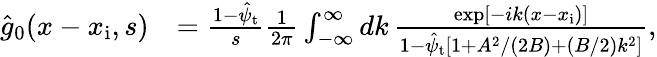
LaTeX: \begin{array}{rl}{\hat{g}_{0}(x-x_{\mathrm{i}},s)}&{=\frac{1-\hat{\psi}_{\mathrm{t}}}{s}\frac{1}{2\pi}\int_{-\infty}^{\infty}dk\, \frac{\exp[-ik(x-x_{\mathrm{i}})]}{1-\hat{\psi}_{\mathrm{t}}\left[1+A^{2}/(2B)+(B/2)k^{2}\right]},}\end{array}